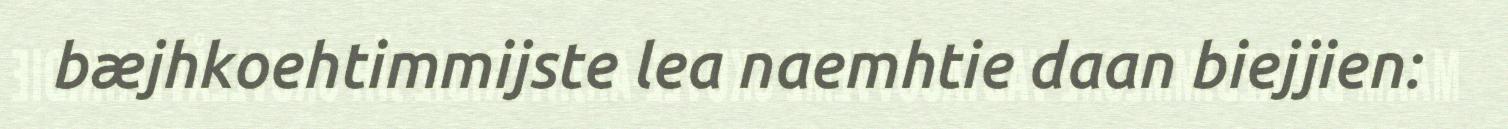
bæjhkoehtimmijste lea naemhtie daan biejjien: